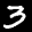
Label: 3